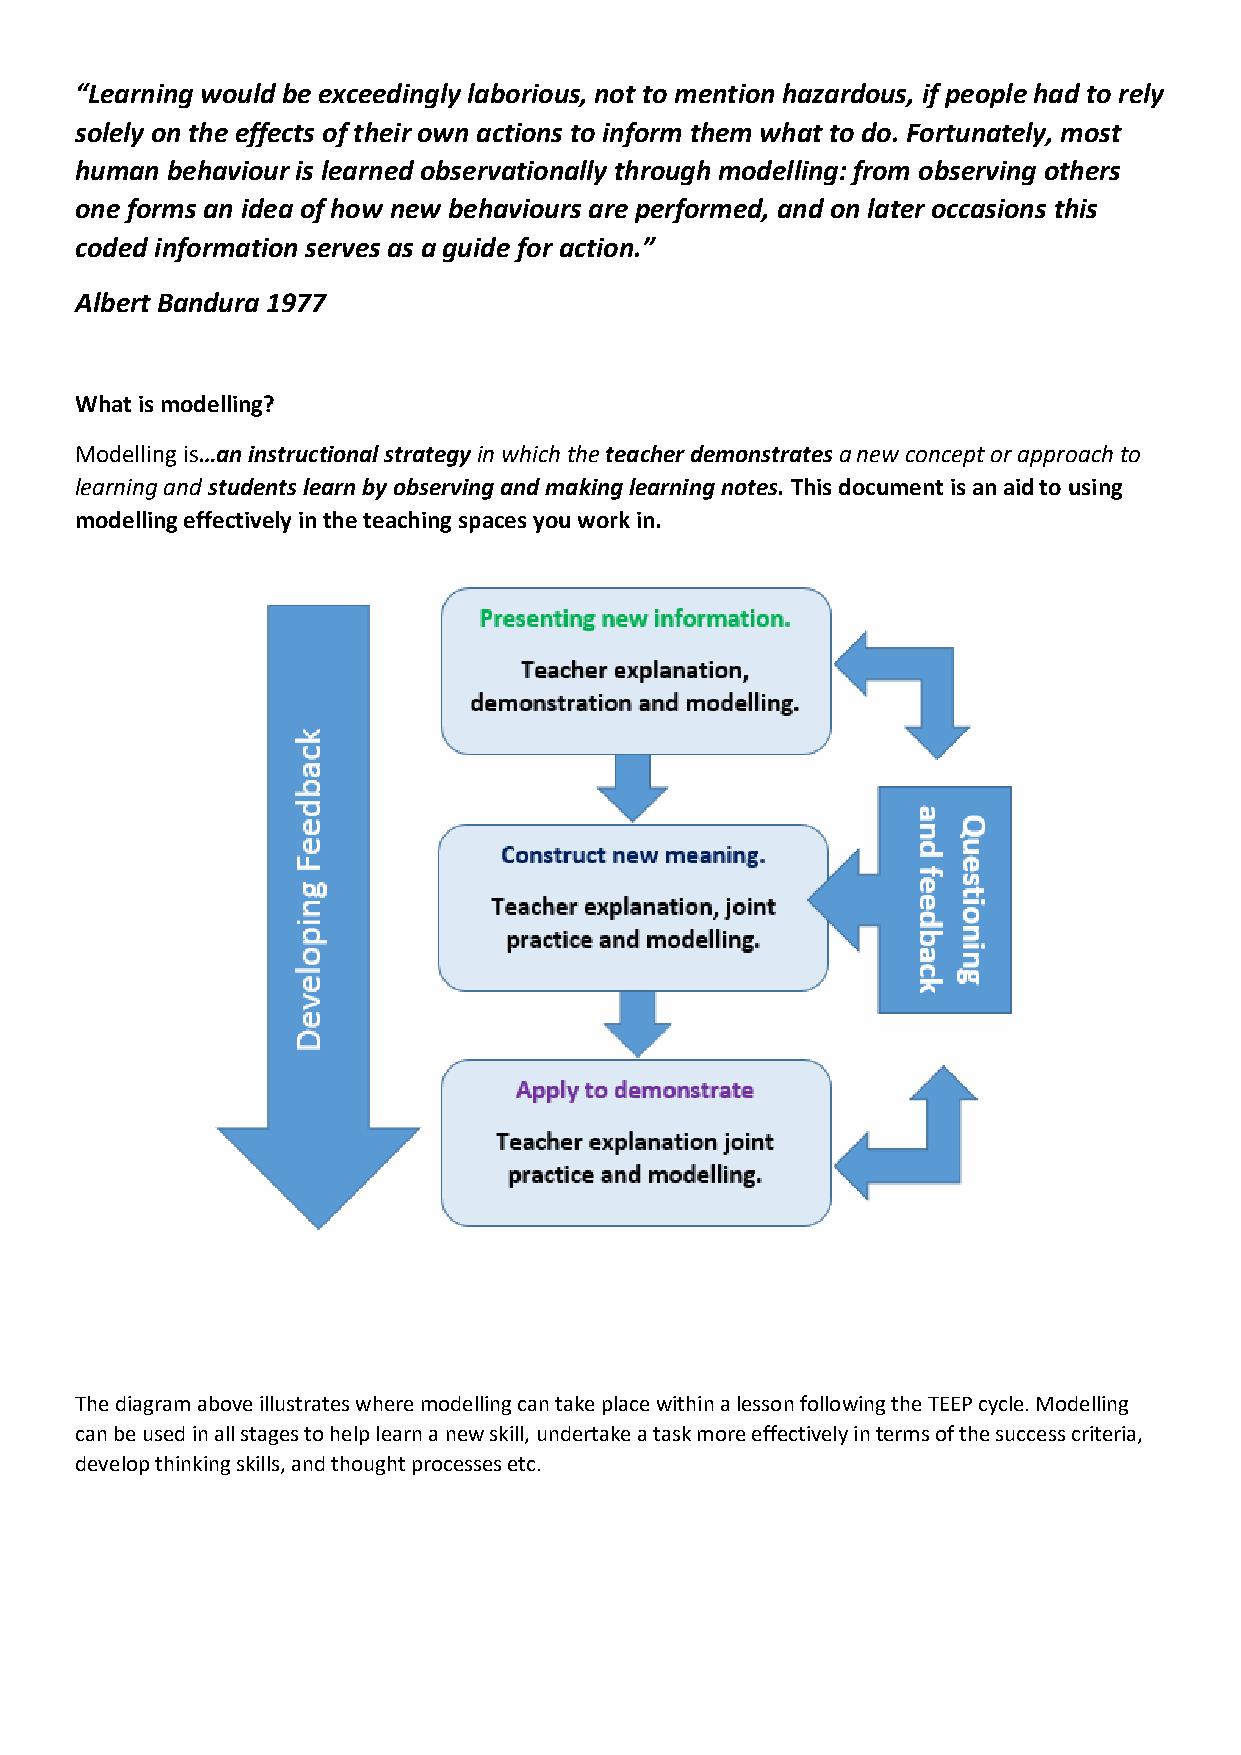
“Learning would be exceedingly laborious, not to mention hazardous, if people had to rely
 solely on the effects of their own actions to inform them what to do. Fortunately, most
 human behaviour is learned observationally through modelling: from observing others
 one forms an idea of how new behaviours are performed, and on later occasions this
 coded information serves as a guide for action.”
 Albert Bandura 1977
 What is modelling?
 Modelling is…an instructional strategy in which the teacher demonstrates a new concept or approach to
 learning and students learn by observing and making learning notes. This document is an aid to using
 modelling effectively in the teaching spaces you work in.
 The diagram above illustrates where modelling can take place within a lesson following the TEEP cycle. Modelling
 can be used in all stages to help learn a new skill, undertake a task more effectively in terms of the success criteria,
 develop thinking skills, and thought processes etc.